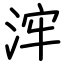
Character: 浶